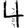
Digit: 4